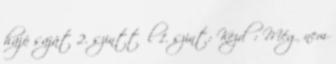
hajó saját 2. szinttől 1. szint: Kezdő: Még nem